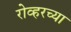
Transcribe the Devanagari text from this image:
रोव्हरच्या